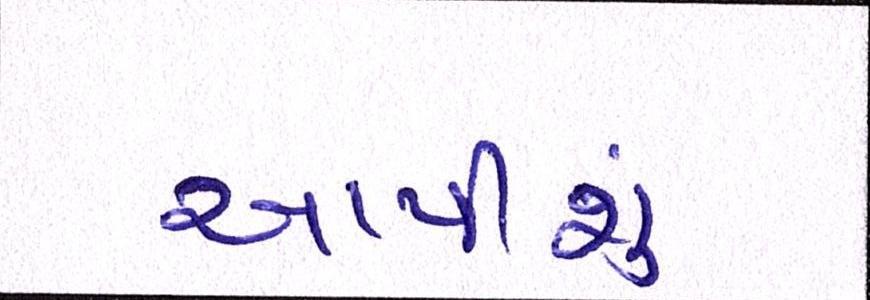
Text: આપીશું